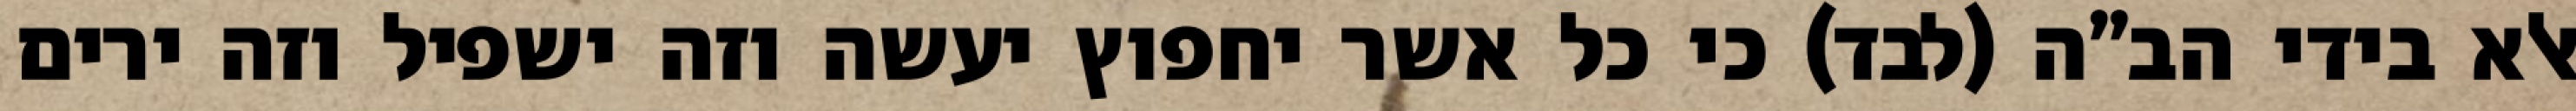
אלא בידי הב”ה (לבד) כי כל אשר יחפוץ יעשה וזה ישפיל וזה ירים